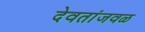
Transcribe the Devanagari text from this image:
देवतांजवळ